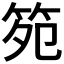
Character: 𮵯